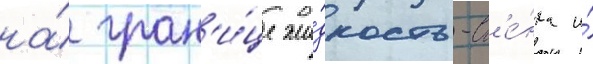
на́ гран'и́це жи́дкость-ст'е́нка и́